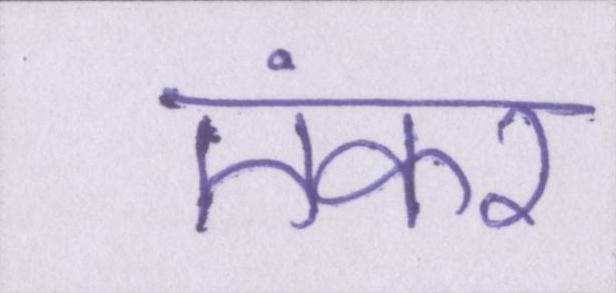
एंकर